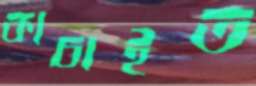
কাচাইত